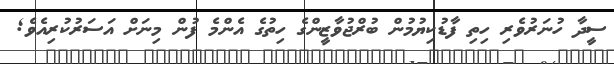
ސީދާ ހުނަރުވެރި ހިތި ފާޑުކިޔުމުން ބުރްޖުވާޒީންގެ ހިތުގެ އެންމެ ފުން މިނަށް އަސަރުކުރިއެވެ;